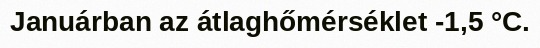
Januárban az átlaghőmérséklet -1,5 °C.